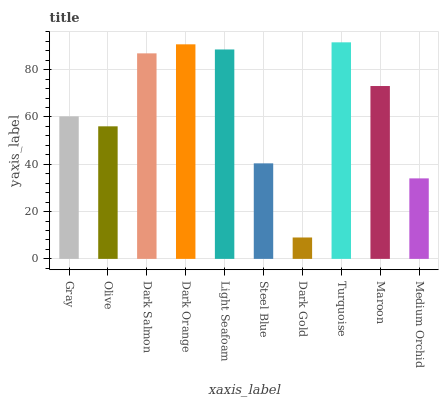
| xaxis_label | bars |
 | --- | --- |
 | Gray | 60.2 |
 | Olive | 56 |
 | Dark Salmon | 86.9 |
 | Dark Orange | 90.7 |
 | Light Seafoam | 88.5 |
 | Steel Blue | 40.4 |
 | Dark Gold | 9.04 |
 | Turquoise | 91.5 |
 | Maroon | 73.1 |
 | Medium Orchid | 34 |